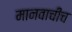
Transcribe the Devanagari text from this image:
मानवाचीच